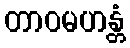
တာဝမဟန္တံ